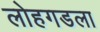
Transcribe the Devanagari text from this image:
लोहगडला